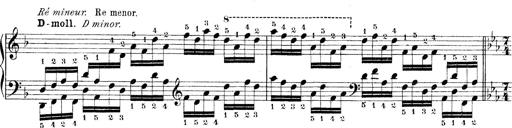
Title: Technische Studien
Composer: Franz Liszt